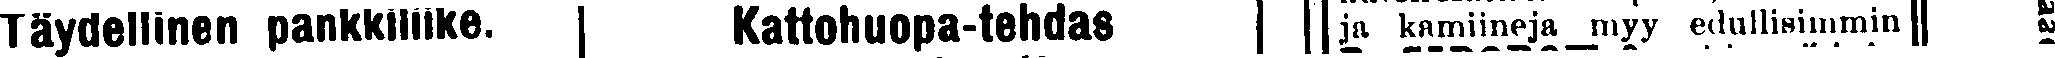
Täydellinen pankkiliike. Kattohuopa-tehdas ja kamiineja myy edullisimmin